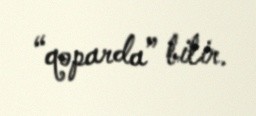
“qoparda” bilir.